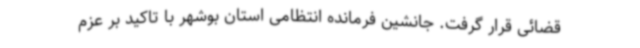
قضائی قرار گرفت. جانشین فرمانده انتظامی استان بوشهر با تاکید بر عزم